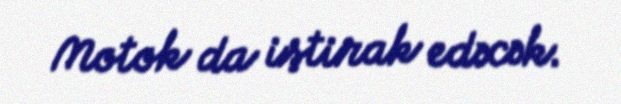
Motok da iştirak edəcək.